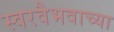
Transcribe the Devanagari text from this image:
स्वरवैभवाच्या